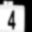
Digit: 4